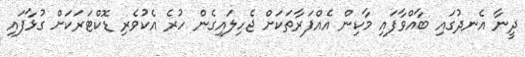
ދީނާ އެނދުގައި ބާއްވާފައި މާކިން އެއްފަރާތަކަށް ޖެހިލައިގެން ހުރެ އެކުވެރި ޑޮކްޓަރަކަށް ގުޅާފައި